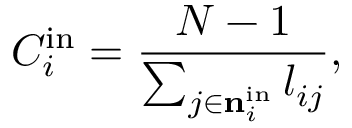
C _ { i } ^ { \mathrm { i n } } = \frac { N - 1 } { \sum _ { j \in { { \mathbf { n } } _ { i } ^ { \mathrm { i n } } } } l _ { i j } } ,